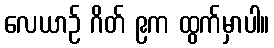
လေယာဉ် ဂိတ် ၉က ထွက်မှာပါ။